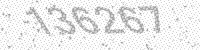
Solution: 136267